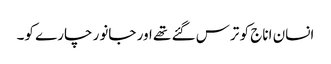
انسان اناج کو ترس گئے تھے اور جانور چارے کو۔